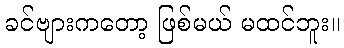
ခင်ဗျားကတော့ ဖြစ်မယ် မထင်ဘူး။